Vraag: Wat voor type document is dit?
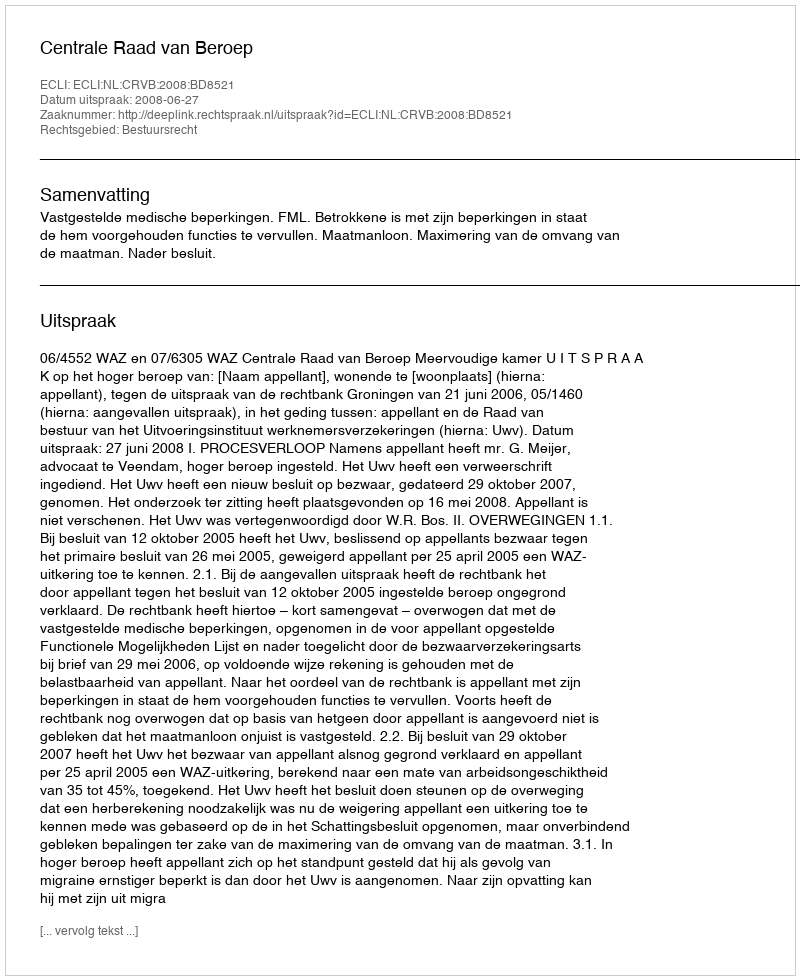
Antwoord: Uitspraak